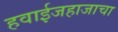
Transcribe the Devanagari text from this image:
हवाईजहाजाचा